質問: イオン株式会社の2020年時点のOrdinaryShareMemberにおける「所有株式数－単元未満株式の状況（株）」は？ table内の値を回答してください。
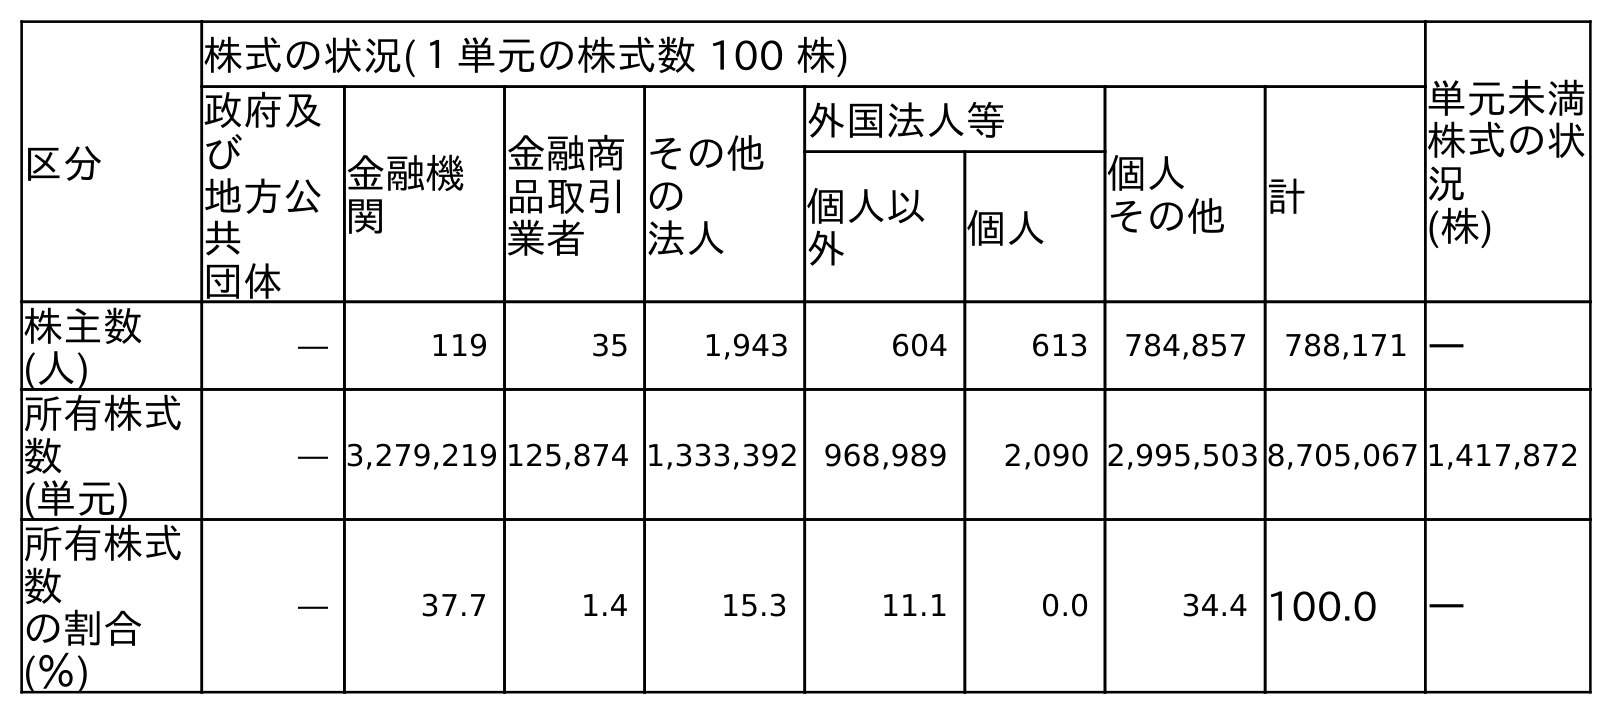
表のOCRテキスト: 区分 株式の状況(１単元の株式数 100 株) 単元未満 株式の状 況 (株) 政府及 び 地方公 共 団体 金融機 関 金融商 品取引 業者 その他 の 法人 外国法人等 個人 その他 計 個人以 外 個人 株主数 (人) ― 119 35 1,943 604 613 784,857 788,171 ― 所有株式 数 (単元) ― 3,279,219 125,874 1,333,392 968,989 2,090 2,995,503 8,705,067 1,417,872 所有株式 数 の割合 (％) ― 37.7 1.4 15.3 11.1 0.0 34.4 100.0 ―
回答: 1,417,872